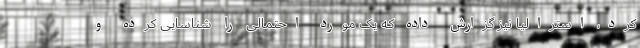
کرد، استرالیا نیز گزارش داده که یک مورد احتمالی را شناسایی کرده و